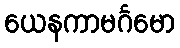
ယေနကာမင်္ဂမော